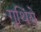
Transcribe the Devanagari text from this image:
गूथिंये